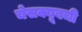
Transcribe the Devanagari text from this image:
चेसक्यूबची